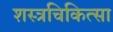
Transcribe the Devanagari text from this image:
शस्त्रचिकित्सा